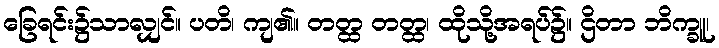
ခြေရင်း၌သာလျှင်။ ပတိ၊ ကျ၏။ တတ္ထ တတ္ထ၊ ထိုသို့အရပ်၌။ ဌိတာ ဘိက္ခူ၊